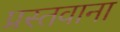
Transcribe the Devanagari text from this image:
प्रस्तवाना